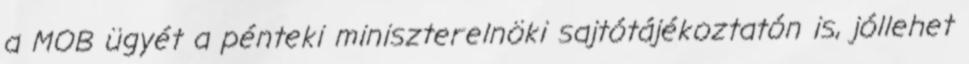
a MOB ügyét a pénteki miniszterelnöki sajtótájékoztatón is, jóllehet